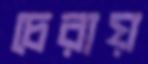
চেরায়